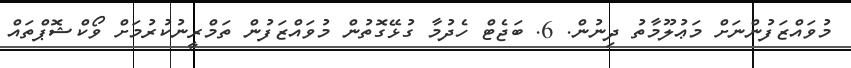
މުވައްޒަފުންނަށް މަޢުލޫމާތު ދިނުން. 6. ބަޖެޓް ހެދުމާ ގުޅޭގޮތުން މުވައްޒަފުން ތަމްރީނުކުރުމަށް ވޯކްޝޮޕްތައް